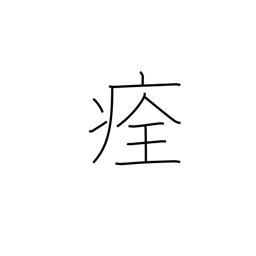
Meaning: heal